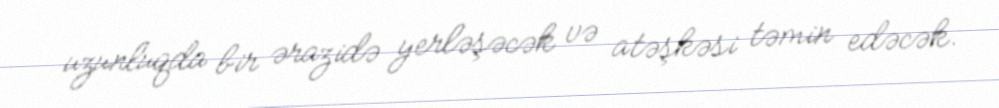
uzunluqda bir ərazidə yerləşəcək və atəşkəsi təmin edəcək.